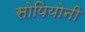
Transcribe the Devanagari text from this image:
सोपियोनी